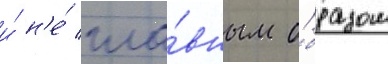
и́ н'е́ гла́вным о́бразом